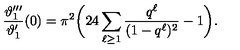
\frac { \vartheta _ { 1 } ^ { \prime \prime \prime } } { \vartheta _ { 1 } ^ { \prime } } ( 0 ) = \pi ^ { 2 } \biggl ( 2 4 \sum _ { \ell \geq 1 } \frac { q ^ { \ell } } { ( 1 - q ^ { \ell } ) ^ { 2 } } - 1 \biggr ) .